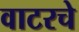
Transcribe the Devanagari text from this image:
वाटरचे